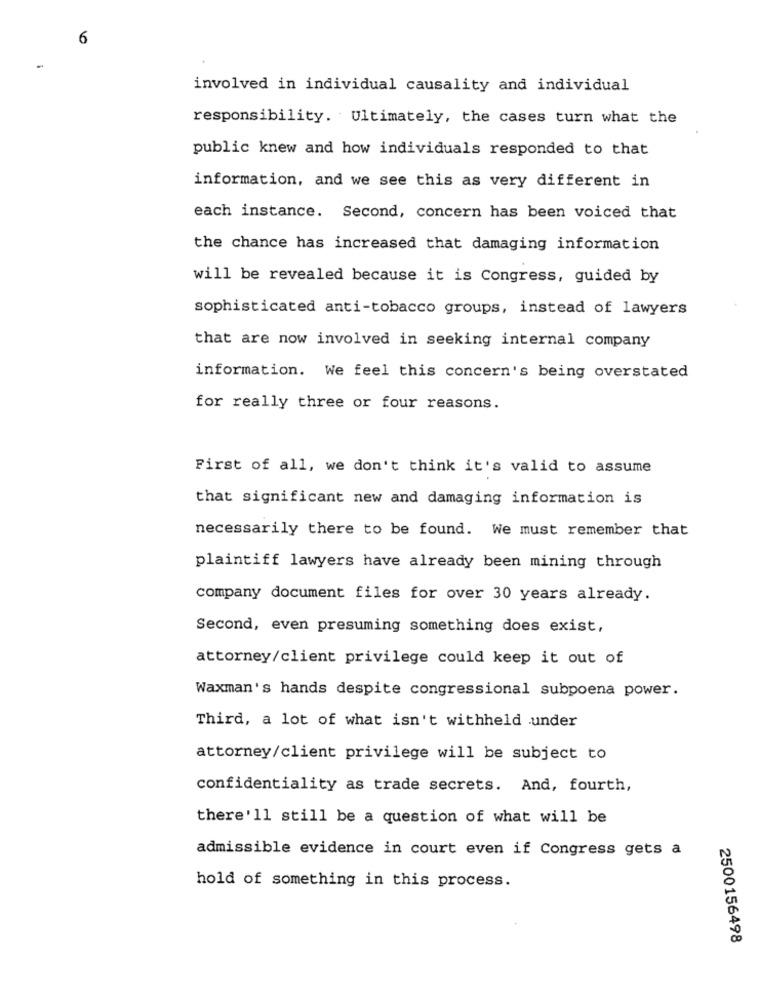
6
involved in individual causality and individual
responsibility. Ultimately, the cases turn what the
public knew and how individuals responded to that
information, and we see this as very different in
each instance. Second, concern has been voiced that
the chance has increased that damaging information
will be revealed because it is Congress, guided by
sophisticated anti-tobacco groups, instead of lawyers
that are now involved in seeking internal company
information. We feel this concern's being overstated
for really three or four reasons.
First of all, we don't think it's valid to assume
that significant new and damaging information is
necessarily there to be found. We must remember that
plaintiff lawyers have already been mining through
company document files for over 30 years already.
Second, even presuming something does exist,
attorney/client privilege could keep it out of
Waxman's hands despite congressional subpoena power.
Third, a lot of what isn't withheld under
attorney/client privilege will be subject to
confidentiality as trade secrets. And, fourth,
there'll still be a question of what will be
admissible evidence in court even if Congress gets a
hold of something in this process.
2500156498